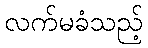
လက်မခံသည့်